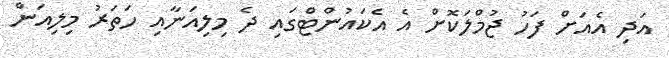
އަދި އެއަށް ފަހު ޖުމްލަކޮށް އެ އެކައުންޓްގައި ދެ މިލިއަނާއި ހަތަރު މިލިއަން